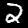
Digit: 2